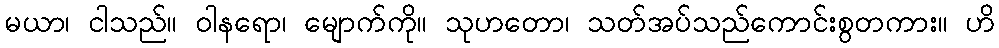
မယာ၊ ငါသည်။ ဝါနရော၊ မျောက်ကို။ သုဟတော၊ သတ်အပ်သည်ကောင်းစွတကား။ ဟိ